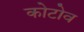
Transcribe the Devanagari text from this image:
कोटोव